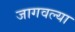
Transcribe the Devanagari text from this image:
जागवल्या